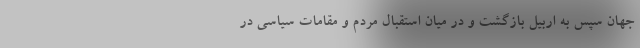
جهان سپس به اربیل بازگشت و در میان استقبال مردم و مقامات سیاسی در